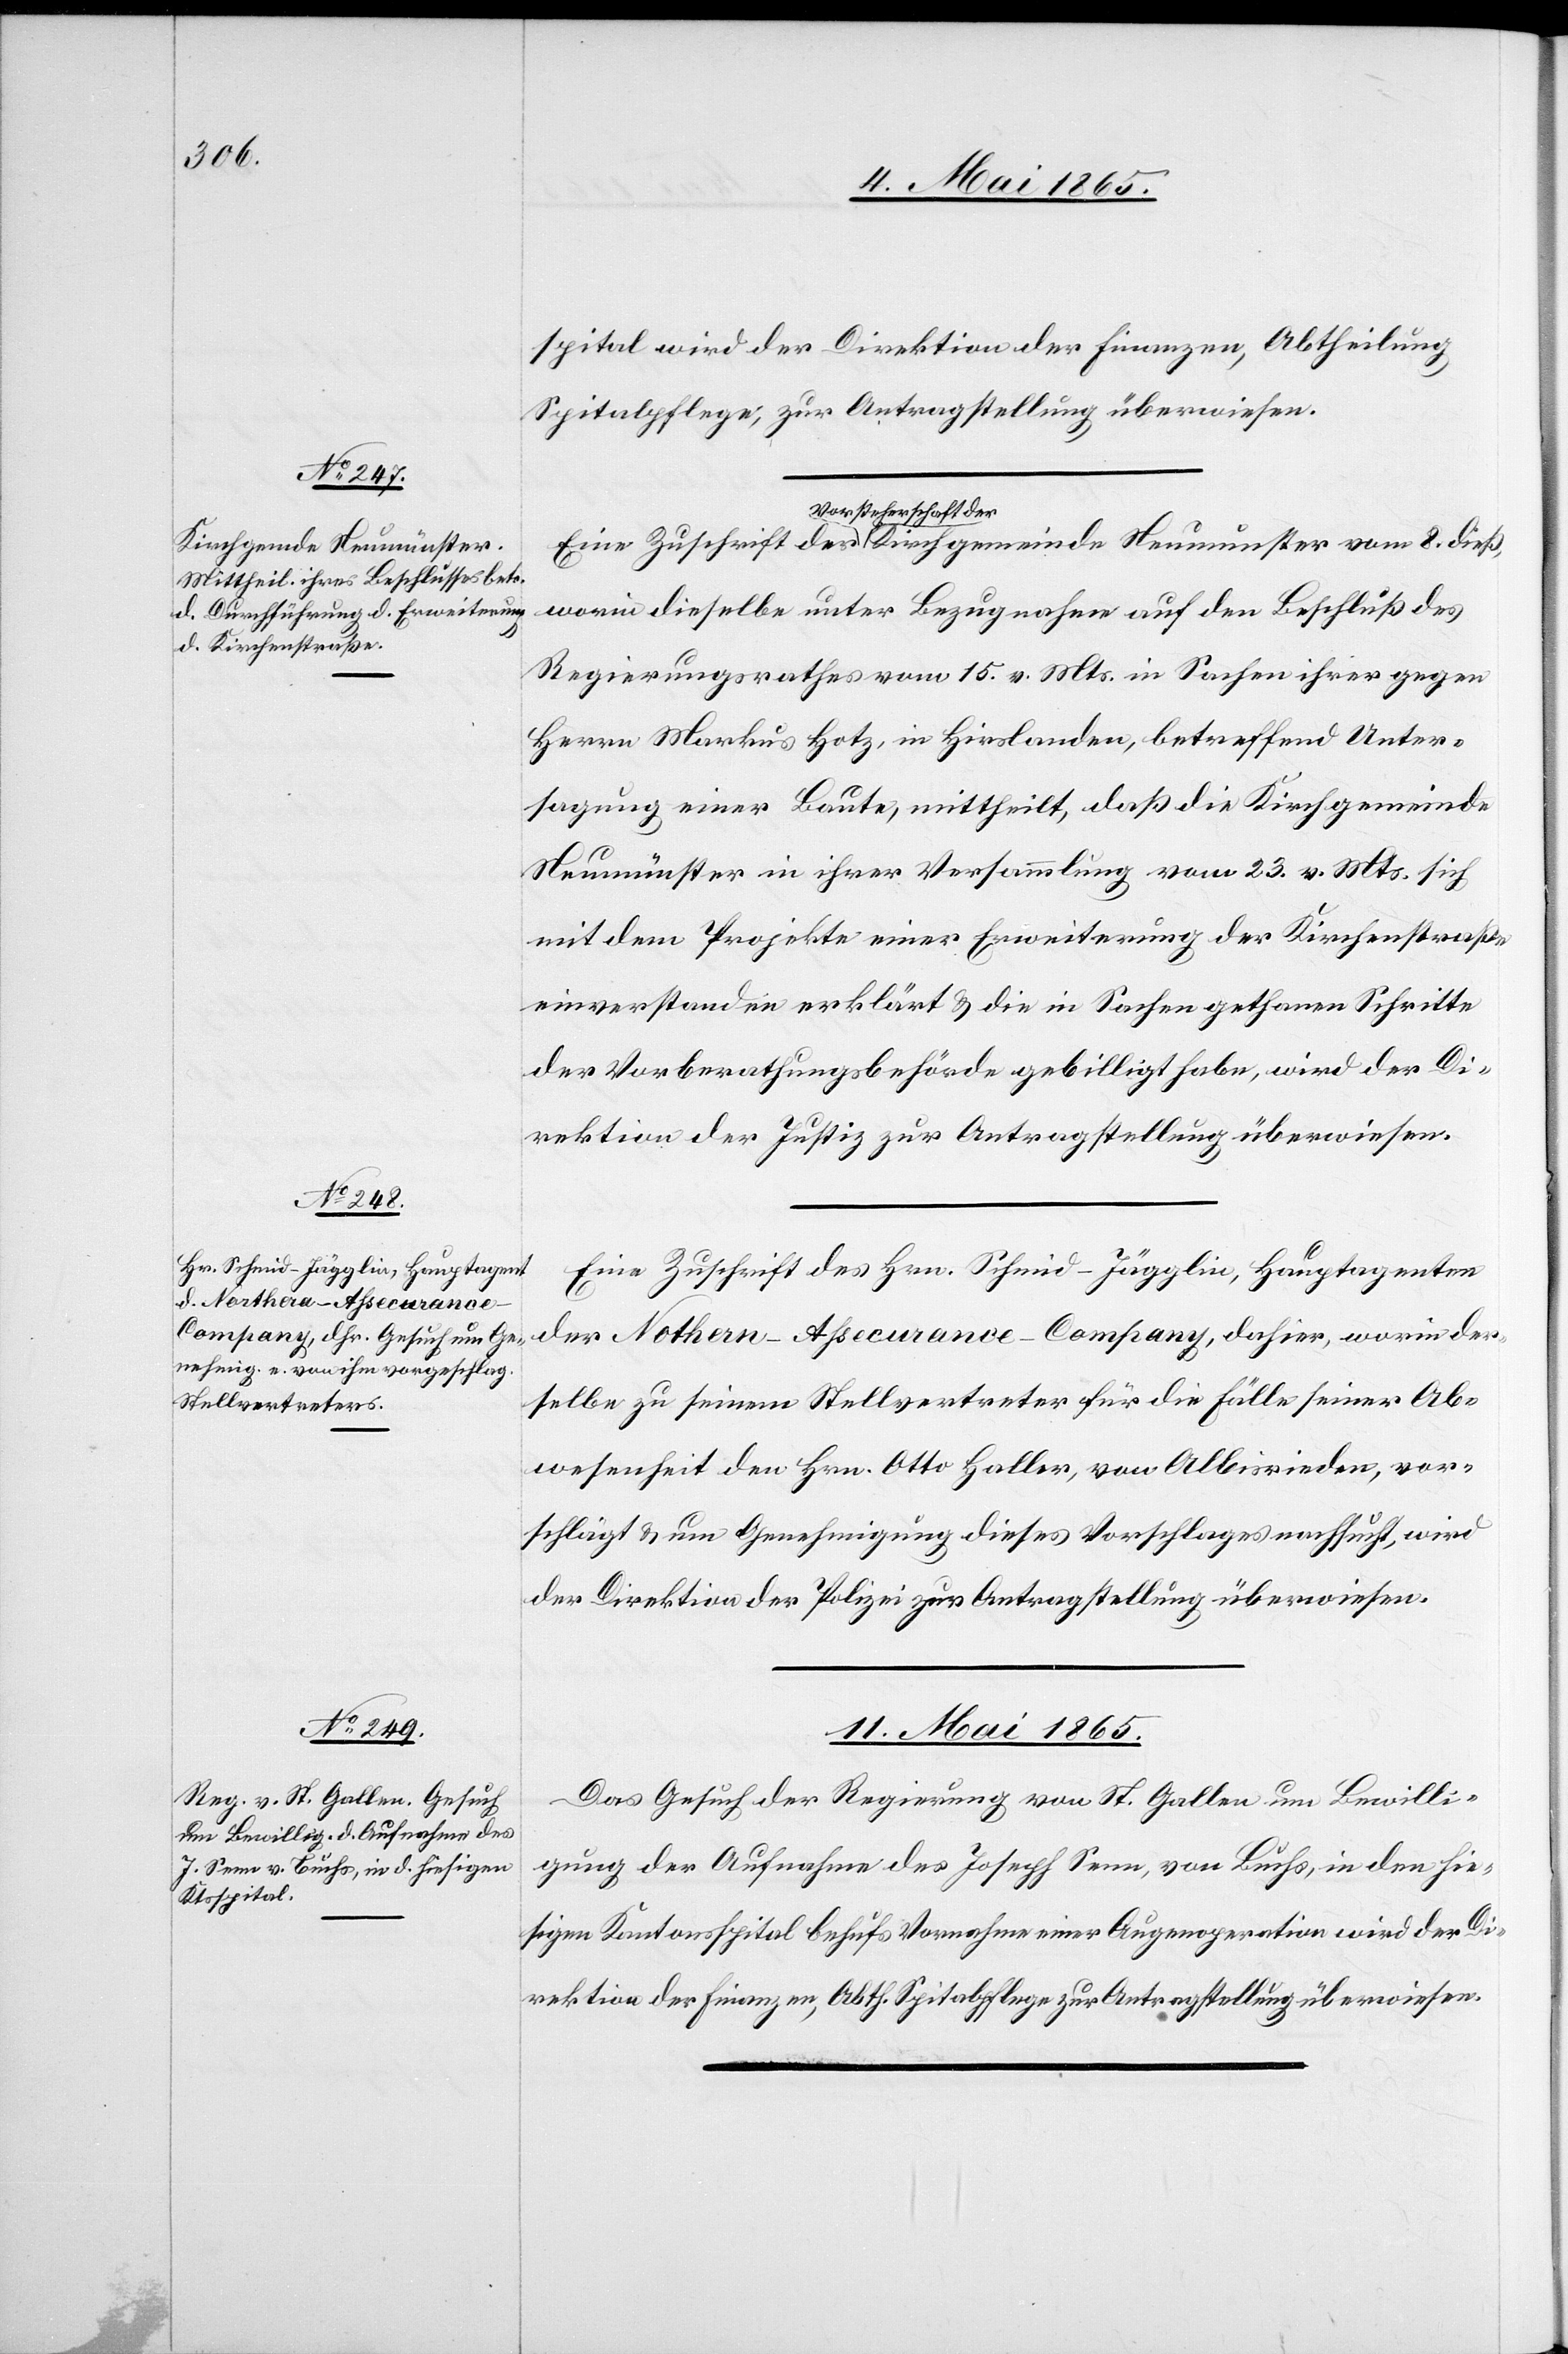
Kirchgemeinde Neumunster

spital wird der Direktion der Finanzen, Abtheilung
Spitalpflege, zur Antragstellung überwiesen.
Vorsteherschaft der
worin dieselbe unter Bezugnahme auf den Beschluß des
Regierungsrathes vom 15. v. Mts. in Sachen ihrer gegen
Neumünster in ihrer Versammlung vom 23. v. Mts. sich
mit dem Projekte einer Erweiterung der Kirchenstraße
einverstanden erklärt & die in Sachen gethanen Schritte
der Vorberathungsbehörde gebilligt habe, wird der Di¬
rektion der Justiz zur Antragstellung überwiesen.
Eine Zuschrift des Hrn. Schmid-Jägglin, Hauptagenten
der No[r]thern-Assecurance-Company, dahier, worin der¬
selbe zu seinem Stellvertreter für die Fälle seiner Ab¬
wesenheit den Hrn. Otto Haller, von Albisrieden, vor¬
schlägt & um Genehmigung dieses Vorschlages nachsucht, wird
der Direktion der Polizei zur Antragstellung überwiesen.
11. Mai 1865.
Das Gesuch der Regierung von St. Gallen um Bewilli¬
gung der Aufnahme des Joseph Senn, von Buchs, in den hie¬
sigen Kantonsspital behufs Vornahme einer Augenoperation wird der Di¬
rektion der Finanzen, Abth. Spitalpflege zur Antragstellung überwiesen.